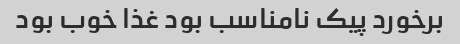
برخورد پیک نامناسب بود غذا خوب بود